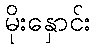
မိုးနှောင်း